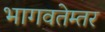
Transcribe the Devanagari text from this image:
भागवतेम्तर